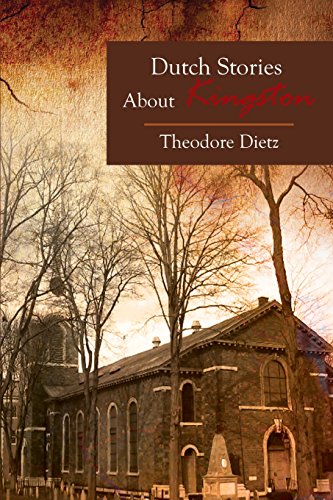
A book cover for Dutch Stories About Kingston; Theodore Dietz; History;